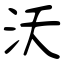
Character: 沃